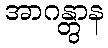
အာဂန္တွာန